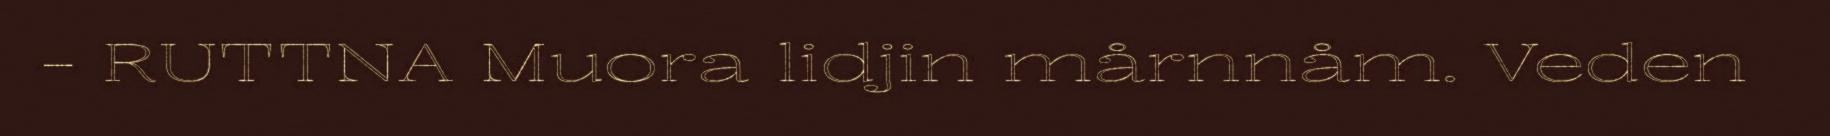
- RUTTNA Muora lidjin mårnnåm. Veden